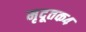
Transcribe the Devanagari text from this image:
मृदूतक४